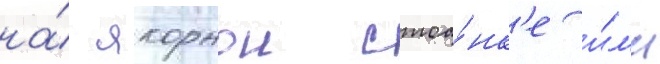
на́ якорнои стоа́нк'е и́л'и